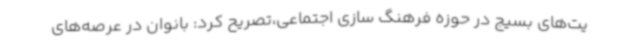
یت‌های بسیج در حوزه فرهنگ سازی اجتماعی،‌تصریح کرد: بانوان در عرصه‌های